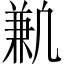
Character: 𫥣